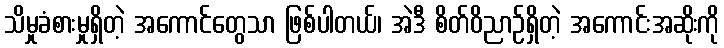
သိမှုခံစားမှုရှိတဲ့ အကောင်တွေသာ ဖြစ်ပါတယ်၊ အဲဒီ စိတ်ဝိညာဉ်ရှိတဲ့ အကောင်းအဆိုးကို